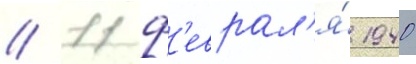
// 11 ф'еврал'я́ 1940